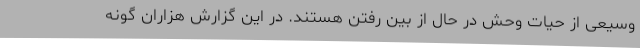
وسیعی از حیات وحش در حال از بین رفتن هستند. در این گزارش هزاران گونه